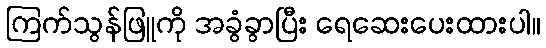
ကြက်သွန်ဖြူကို အခွံခွာပြီး ရေဆေးပေးထားပါ။